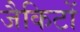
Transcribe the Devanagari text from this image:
जैकिटों